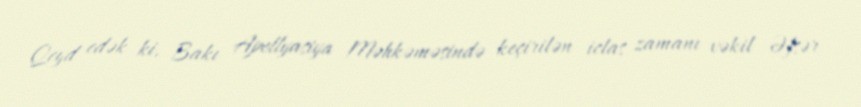
Qeyd edək ki, Bakı Apellyasiya Məhkəməsində keçirilən iclas zamanı vəkil Əfsər